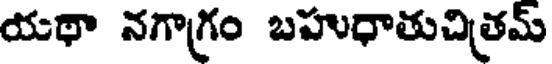
యథా నగాగ్రం బహుధాతుచిత్రమ్